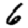
Digit: 6